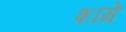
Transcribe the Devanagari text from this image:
शामे